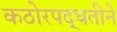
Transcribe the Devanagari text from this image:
कठोरपद्धतीने